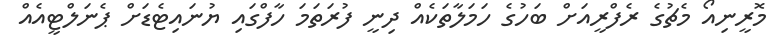
މޮރީނިއޯ މެޗުގެ ރެފްރީއަށް ބަހުގެ ހަމަލާތަކެއް ދިނީ ފުރަތަމަ ހާފްގައި ޔުނައިޓެޑަށް ޕެނަލްޓީއެއް